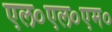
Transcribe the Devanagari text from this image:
एल०एल०एम०